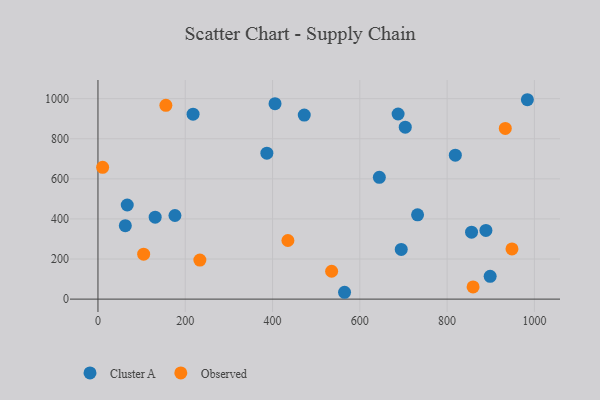
{"axis": {"x": "Price", "y": "Salary"}, "legend": ["Cluster A", "Observed"], "data": [{"x": "405.7", "y": 975.2, "type": "Cluster A"}, {"x": "856.0", "y": 333.9, "type": "Cluster A"}, {"x": "732.3", "y": 420.3, "type": "Cluster A"}, {"x": "888.9", "y": 342.7, "type": "Cluster A"}, {"x": "387.0", "y": 727.8, "type": "Cluster A"}, {"x": "694.9", "y": 248.1, "type": "Cluster A"}, {"x": "565.0", "y": 34.1, "type": "Cluster A"}, {"x": "644.7", "y": 607.5, "type": "Cluster A"}, {"x": "983.9", "y": 994.7, "type": "Cluster A"}, {"x": "898.6", "y": 113.8, "type": "Cluster A"}, {"x": "818.8", "y": 718.0, "type": "Cluster A"}, {"x": "687.7", "y": 923.4, "type": "Cluster A"}, {"x": "176.4", "y": 417.1, "type": "Cluster A"}, {"x": "67.1", "y": 469.4, "type": "Cluster A"}, {"x": "131.1", "y": 408.9, "type": "Cluster A"}, {"x": "704.1", "y": 857.7, "type": "Cluster A"}, {"x": "472.7", "y": 918.3, "type": "Cluster A"}, {"x": "62.7", "y": 366.3, "type": "Cluster A"}, {"x": "217.9", "y": 922.5, "type": "Cluster A"}, {"x": "435.2", "y": 292.5, "type": "Observed"}, {"x": "10.7", "y": 657.3, "type": "Observed"}, {"x": "233.5", "y": 194.8, "type": "Observed"}, {"x": "948.6", "y": 250.3, "type": "Observed"}, {"x": "933.3", "y": 851.7, "type": "Observed"}, {"x": "104.7", "y": 224.4, "type": "Observed"}, {"x": "859.5", "y": 60.8, "type": "Observed"}, {"x": "535.4", "y": 139.1, "type": "Observed"}, {"x": "155.6", "y": 966.9, "type": "Observed"}]}